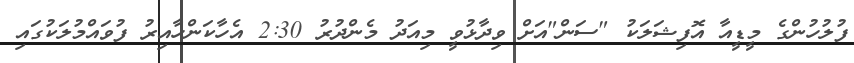
ފުލުހުންގެ މީޑީއާ އޮފިޝަލަކު "ސަން"އަށް ވިދާޅުވީ މިއަދު މެންދުރު 2:30 އެހާކަންހާއިރު ފުވައްމުލަކުގައި